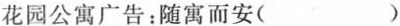
花园公寓广告：随寓而安()